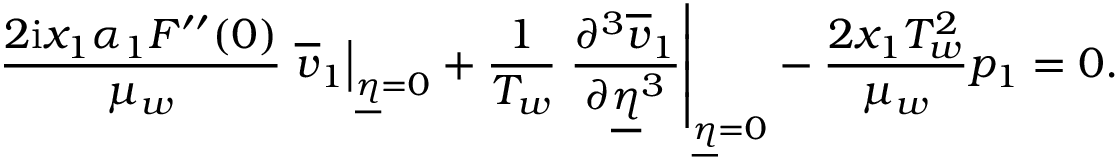
\frac { 2 \mathrm { i } x _ { 1 } \alpha _ { 1 } F ^ { \prime \prime } ( 0 ) } { \mu _ { w } } \left. \overline { { v } } _ { 1 } \right\vert _ { \underline { { \eta } } = 0 } + \frac { 1 } { T _ { w } } \left. \frac { \partial ^ { 3 } \overline { { v } } _ { 1 } } { \partial \underline { { \eta } } ^ { 3 } } \right\vert _ { \underline { { \eta } } = 0 } - \frac { 2 x _ { 1 } T _ { w } ^ { 2 } } { \mu _ { w } } p _ { 1 } = 0 .